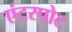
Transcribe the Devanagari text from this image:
एंटरपोट